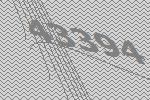
43394